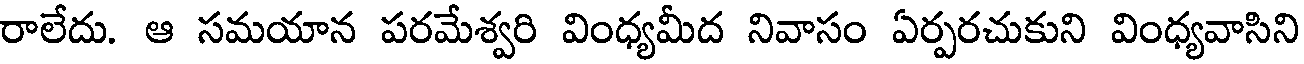
రాలేదు. ఆ సమయాన పరమేశ్వరి వింధ్యమీద నివాసం ఏర్పరచుకుని వింధ్యవాసిని